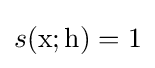
s(\mathrm {x} ;\mathrm {h} )=1